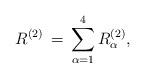
LaTeX: \begin{align*}R^{(2)}\,=\,\sum_{\alpha=1}^{4}R^{(2)}_{\alpha},\end{align*}